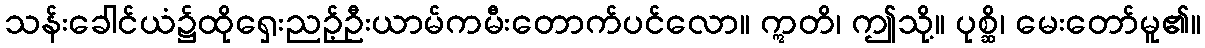
သန်းခေါင်ယံ၌ထိုရှေးညဉ့်ဦးယာမ်ကမီးတောက်ပင်လော။ ဣတိ၊ ဤသို့။ ပုစ္ဆိ၊ မေးတော်မူ၏။